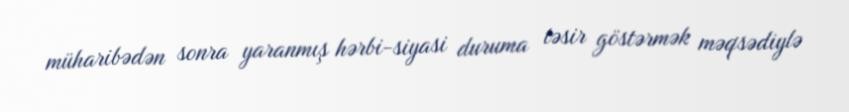
müharibədən sonra yaranmış hərbi-siyasi duruma təsir göstərmək məqsədiylə